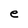
Character: e